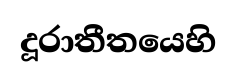
දූරාතීතයෙහි